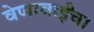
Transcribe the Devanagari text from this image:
वेणाबाईंचा